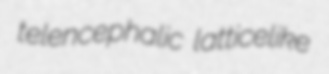
telencephalic latticelike